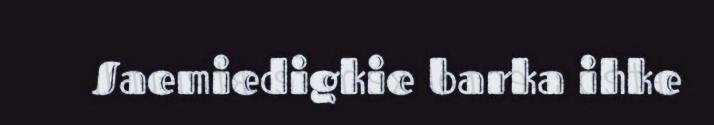
Saemiedigkie barka ihke